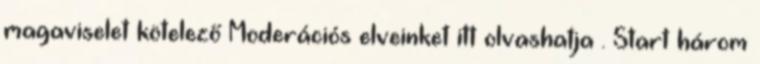
magaviselet kötelező Moderációs elveinket itt olvashatja . Start három